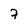
Character: 7